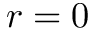
r = 0